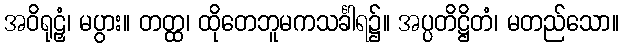
အဝိရုဠှံ၊ မပွား။ တတ္ထ၊ ထိုတေဘူမကသင်္ခါရ၌။ အပ္ပတိဋ္ဌိတံ၊ မတည်သော။